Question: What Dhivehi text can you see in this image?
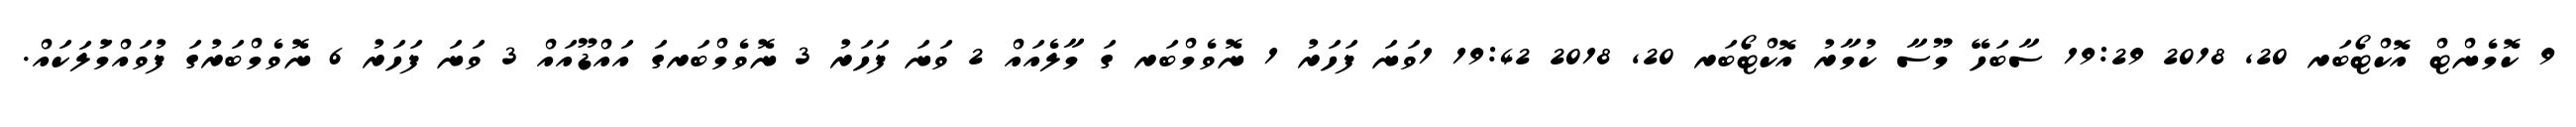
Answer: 9 ކޮމެންޓް އޮކްޓޯބަރ 20, 2018 19:29 ސާބަހޭ މޫސާ ކުމާރު އޮކްޓޯބަރ 20, 2018 19:42 1ވަނަ ފަހަރު 1 ނޮވެމްބަރ ގަ މާލެއައް 2 ވަނަ ފަހަރު 3 ނޮވެމްބަރގަ އައްޑޫއައް 3 ވަނަ ފަހަރު 6 ނޮވެމްބަރުގަ ފުވައްމުަލަކައް.